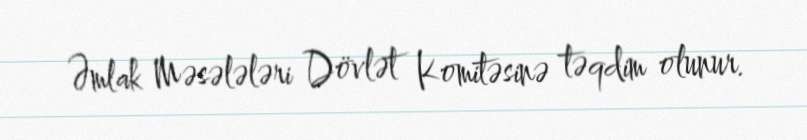
Əmlak Məsələləri Dövlət Komitəsinə təqdim olunur.